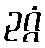
ဥဂ္ဂံ